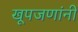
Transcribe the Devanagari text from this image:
खूपजणांनी